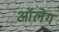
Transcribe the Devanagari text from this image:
आॅलेग